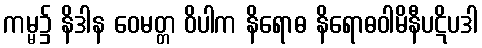
ကမ္မ၌ နိဒါန ဝေမတ္တ ဝိပါက နိရောဓ နိရောဓဝါမိနီပဋိပဒါ